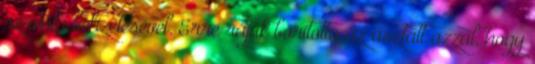
számla befizetésével. Erre rájuk borította az asztalt azzal, hogy